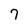
Character: 7